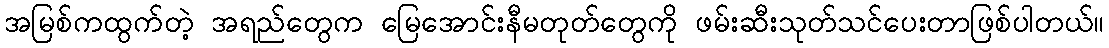
အမြစ်ကထွက်တဲ့ အရည်တွေက မြေအောင်းနီမတုတ်တွေကို ဖမ်းဆီးသုတ်သင်ပေးတာဖြစ်ပါတယ်။